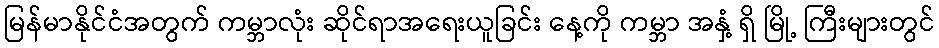
မြန်မာနိုင်ငံအတွက် ကမ္ဘာလုံး ဆိုင်ရာအရေးယူခြင်း နေ့ကို ကမ္ဘာ အနှံ့ ရှိ မြို့ ကြီးများတွင်